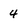
Character: 4